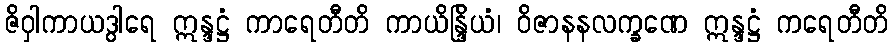
ဇိဝှါကာယဒွါရေ ဣန္ဒဋ္ဌံ ကာရေတီတိ ကာယိန္ဒြိယံ၊ ဝိဇာနနလက္ခဏေ ဣန္ဒဋ္ဌံ ကရေတီတိ